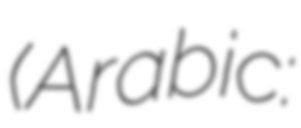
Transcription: (Arabic: